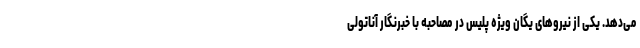
می‌دهد. یکی از نیرو‌های یگان ویژه پلیس در مصاحبه با خبرنگار آناتولی